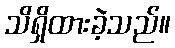
သိရှိထားခဲ့သည်။